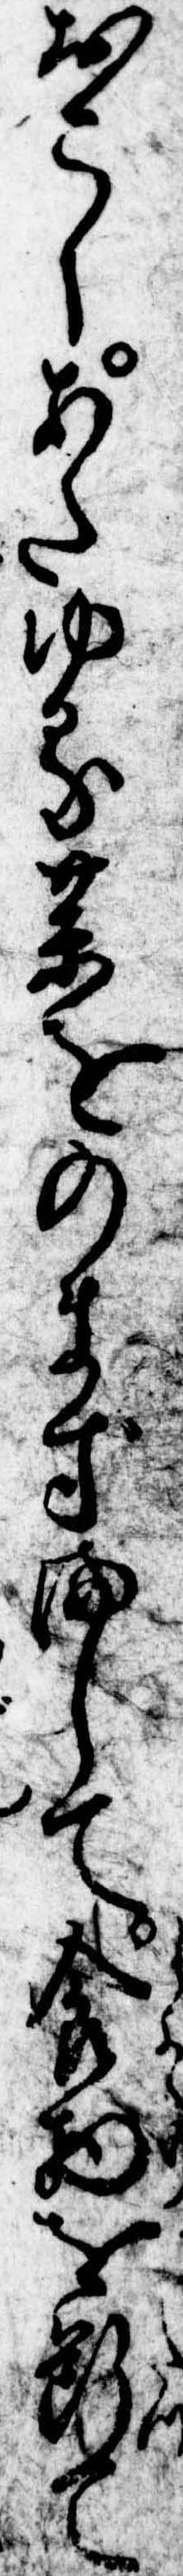
おこしあたゆる薬をのまずまして食物を断て